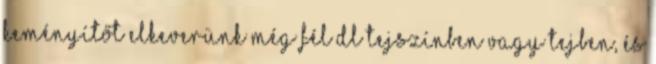
keményítőt elkeverünk még fél dl tejszínben vagy tejben, és